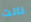
نالت